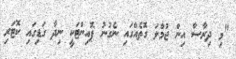
"މި ދިރާސާ އިން ޖުމްލަ ގޮތެއްގައި ނެގުނު ޕޮއިންޓަކީ ނިދާ ގަޑިގައި ކޮޓަރި